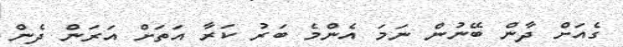
ގެއަށް ދާން ބޭނުން ނަމަ އެންމެ ބަރު ކަރާ އަތަށް އަރަން ދެން